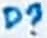
Text: D?